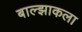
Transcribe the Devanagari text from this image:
बाल्झाकला